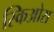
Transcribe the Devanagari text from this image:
स्किओरा